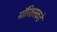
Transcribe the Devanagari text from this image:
मॉरिशसकडे